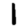
Digit: 1